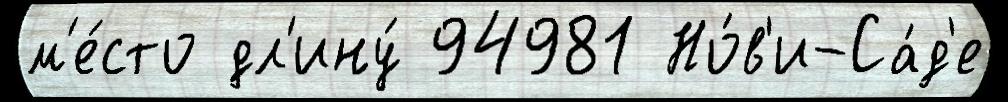
м'е́сто дл'ину́ 94981 Но́в'и-Са́д'е